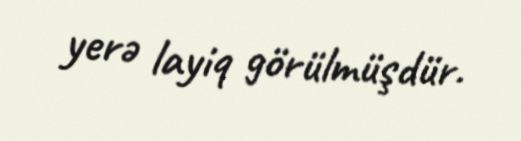
yerə layiq görülmüşdür.